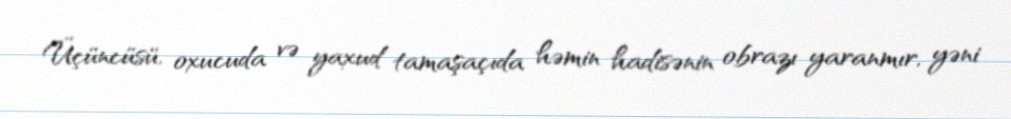
Üçüncüsü, oxucuda və yaxud tamaşaçıda həmin hadisənin obrazı yaranmır, yəni